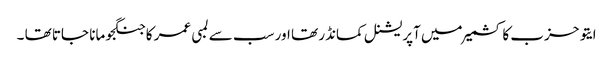
ایتو حزب کا کشمیر میں آپریشنل کمانڈر تھا اور سب سے لمبی عمر کا جنگجو مانا جاتا تھا ۔